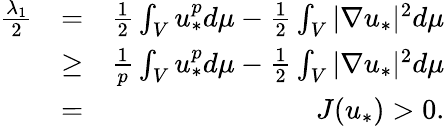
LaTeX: \begin{array}{rlr}{\frac{\lambda_{1}}{2}}&{=}&{\frac{1}{2}\int_{V}u_{*}^{p}d\mu-\frac{1}{2}\int_{V}|\nabla u_{*}|^{2}d\mu}\\ &{\geq}&{\frac{1}{p}\int_{V}u_{*}^{p}d\mu-\frac{1}{2}\int_{V}|\nabla u_{*}|^{2}d\mu}\\ &{=}&{J(u_{*})>0.}\end{array}